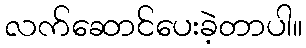
လက်ဆောင်ပေးခဲ့တာပါ။